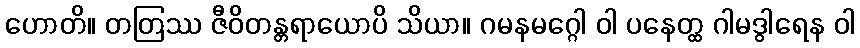
ဟောတိ။ တတြဿ ဇီဝိတန္တရာယောပိ သိယာ။ ဂမနမဂ္ဂေါ ဝါ ပနေတ္ထ ဂါမဒွါရေန ဝါ